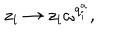
z _ { i } \rightarrow z _ { i } \omega ^ { q _ { i } ^ { a } } ,